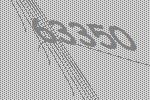
63350